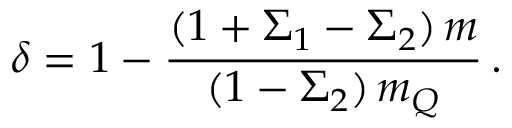
\delta = 1 - { \frac { ( 1 + \Sigma _ { 1 } - \Sigma _ { 2 } ) \, m } { ( 1 - \Sigma _ { 2 } ) \, m _ { Q } } } \, .